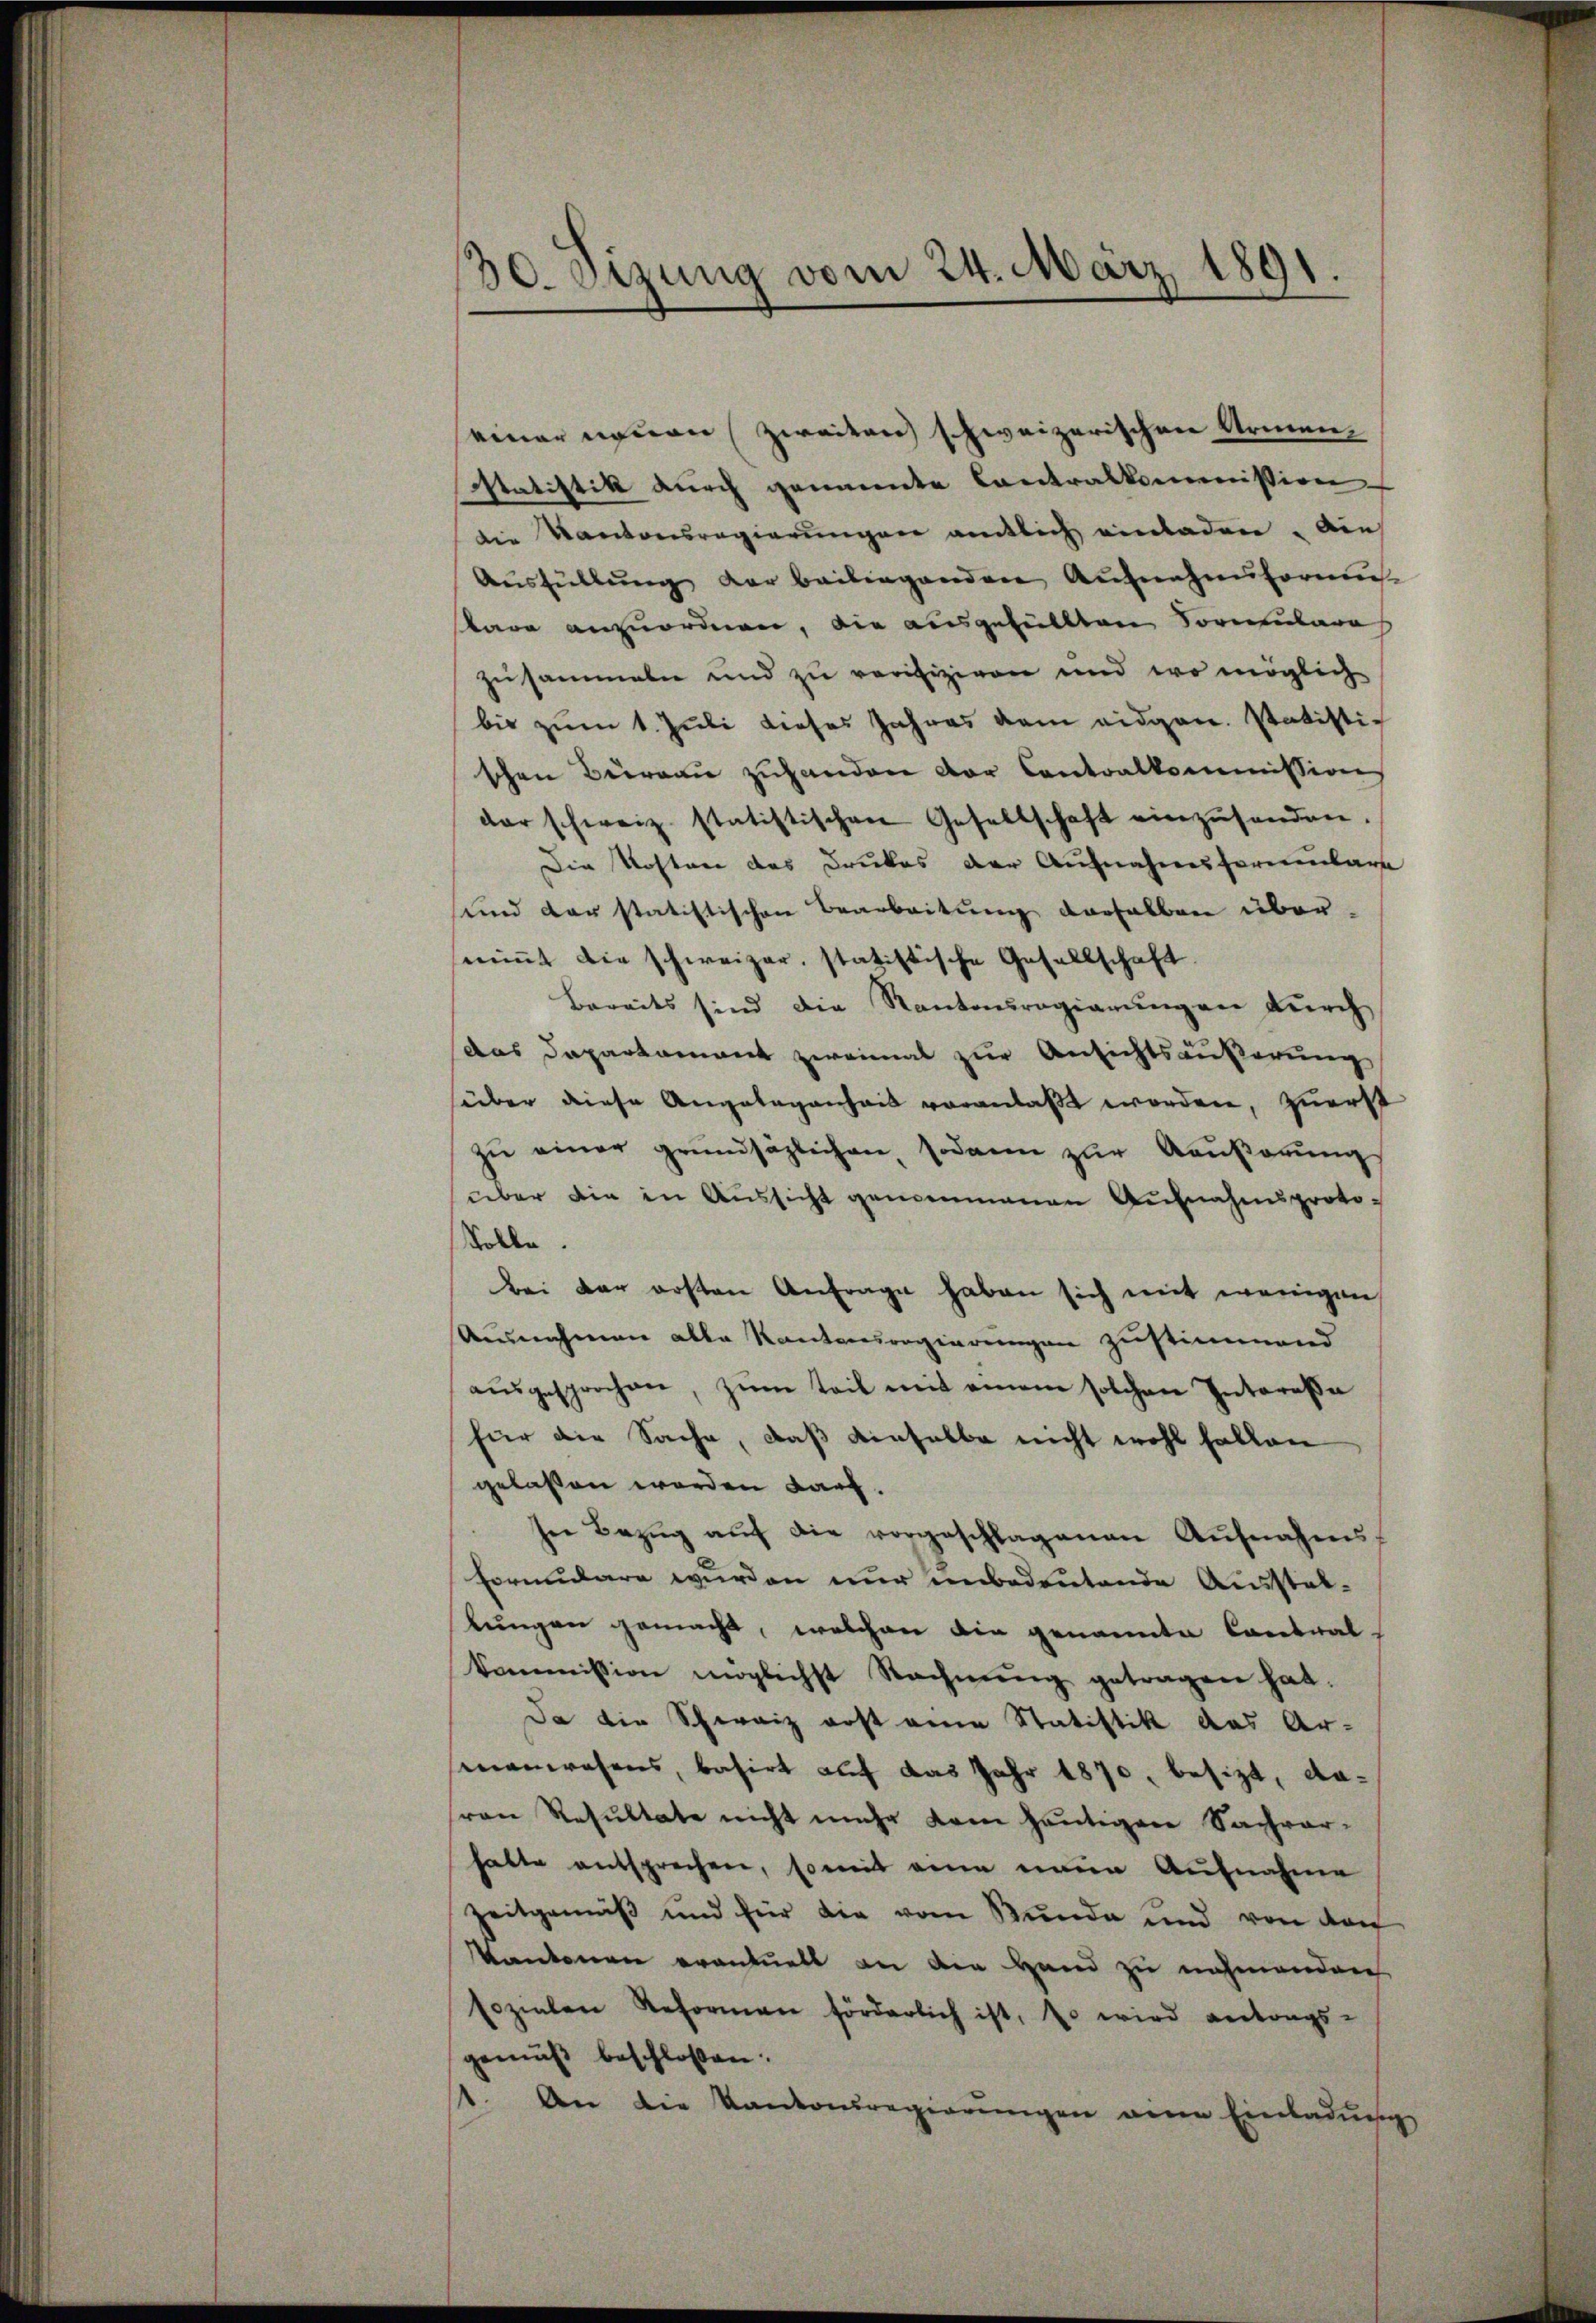
seiner neuen (zweiten schweizerischen Armen¬
Statistik durch genannte Contralkommission
Die Kantonsregierungen amtlich einladen. Dies
Aŭsfüllŭng der beiliegenden Aŭfnahmtoriu
stare anzuordnen, die ausgefüllten Formenbare
zusammeln und zu verifiziren und wo möglich
bis zum 1. Juli dieses Jahres dem eidgen. Statistig
schen Büreau zuhanden der Contralkommission
der schweiz. statistischen Gesellschaft einzŭsenden.
Die Kosten des Drukes der Aufnahmsfernenbare
und der statistischen Bearbeitung derselben übersniṁt die schweizer, statistische Gesellschaft
Bereits sind die Kantouragierungen durch
das Daparkament zweimal zur Ansichtsäußerung
süber diese Angelegenheit voranlaßt worden, zuerst
zu einer grundsäzlichen, sodann zur Aeußerung
über die in Aussicht genommenen Aufnahmsproto¬
Solle.
bei der ersten Anfrage haben sich mit wenigen
Ausnahmen alle Kantonsregierungen zustimmend
aŭsgesprochen, zŭm Teil mit einem solchen Intereße
für die Sache, daß dieselbe nicht wohl fallen
gelassen werden darf.
ser Bezŭg aŭf die vorgeschlagenen Aŭfnahms-
Formulare wurden nur unbedeutende Ausstel¬
Lungen gemacht, welchen die genannte Contral-
kommission möglichst Rechnŭng getragen hat.
Da die Schweiz erst eine Statistik das Ar-
mnanwesens, basirt auf das Jahr 1870, besizt, daron Resultate nicht mehr dem heutigen Sachver-
hatte entsprechen, so mit eine ein Aufnahme
Zeitgemäß und für die vom Bunde und von den
Kantonen erantuell an die Hand zu nahmenden
sozialen Reformen förderlich ist, so wird antrags-
gemäß beschlossen:
st. An die Kantonsregierungen ane Einladung

30. Sizung vom 24. März 1891.